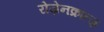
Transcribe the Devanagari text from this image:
रोज़ेनक्रांत्ज़